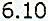
6.10